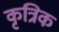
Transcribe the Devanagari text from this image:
कृत्रिक